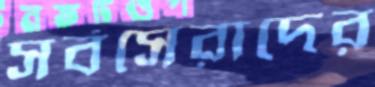
সর্বসেরাদের